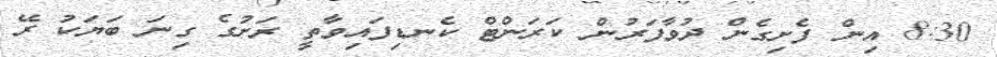
8:30 އިން ފެށިގެން ދުވާފަރުން ކަރަންޓް ކެނޑިފައިވާތީ ރަށުގެ ގިނަ ބަޔަކު ރޭ